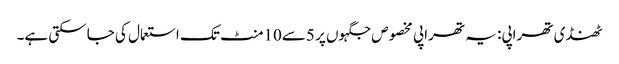
ٹھنڈی تھراپی: یہ تھراپی مخصوص جگہوں پر 5سے10منٹ تک استعمال کی جاسکتی ہے۔